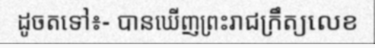
ដូចតទៅ៖- បានឃើញព្រះរាជក្រឹត្យលេខ